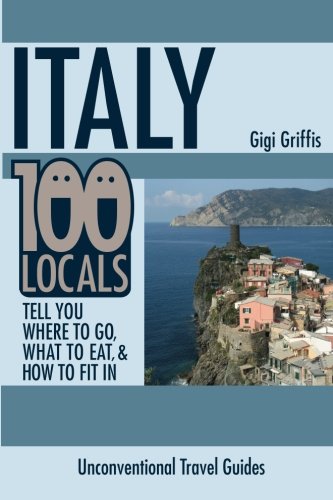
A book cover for Italy: 100 Locals Tell You Where to Go, What to Eat, and How to Fit In; Gigi Griffis; Travel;